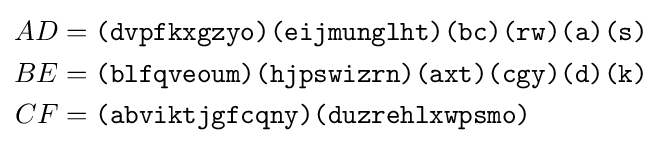
{\begin{aligned}AD&={\texttt {(dvpfkxgzyo)(eijmunglht)(bc)(rw)(a)(s)}}\\BE&={\texttt {(blfqveoum)(hjpswizrn)(axt)(cgy)(d)(k)}}\\CF&={\texttt {(abviktjgfcqny)(duzrehlxwpsmo)}}\\\end{aligned}}